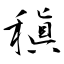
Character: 稹